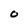
Character: 0